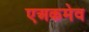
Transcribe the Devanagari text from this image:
एअकमेव